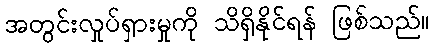
အတွင်းလှုပ်ရှားမှုကို သိရှိနိုင်ရန် ဖြစ်သည်။